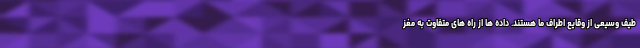
طیف وسیعی از وقایع اطراف ما هستند. داده ها از راه های متفاوت به مغز